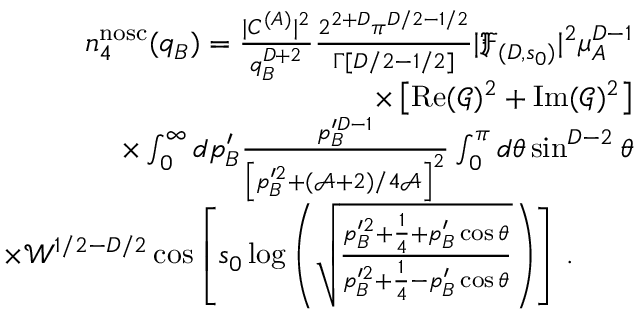
\begin{array} { r l r } & { } & { n _ { 4 } ^ { \mathrm { n o s c } } ( q _ { B } ) = \frac { | C ^ { ( A ) } | ^ { 2 } } { q _ { B } ^ { D + 2 } } \frac { 2 ^ { 2 + D } \pi ^ { D / 2 - 1 / 2 } } { \Gamma [ D / 2 - 1 / 2 ] } | \mathfrak { F } _ { ( D , s _ { 0 } ) } | ^ { 2 } \mu _ { A } ^ { D - 1 } } \\ & { } & { \times \left[ \operatorname { R e } ( \mathcal { G } ) ^ { 2 } + \operatorname { I m } ( \mathcal { G } ) ^ { 2 } \right] } \\ & { } & { \times \int _ { 0 } ^ { \infty } d p _ { B } ^ { \prime } \frac { p _ { B } ^ { \prime D - 1 } } { \left[ p _ { B } ^ { \prime 2 } + ( \mathcal { A } + 2 ) / 4 \mathcal { A } \right] ^ { 2 } } \int _ { 0 } ^ { \pi } d \theta \sin ^ { D - 2 } \theta } \\ & { } & { \times \mathcal { W } ^ { 1 / 2 - D / 2 } \cos \left[ s _ { 0 } \log \left( \sqrt { \frac { p _ { B } ^ { \prime 2 } + \frac 1 4 + p _ { B } ^ { \prime } \cos \theta } { p _ { B } ^ { \prime 2 } + \frac 1 4 - p _ { B } ^ { \prime } \cos \theta } } \right) \right] \, . \ \ \ \ \ \ } \end{array}